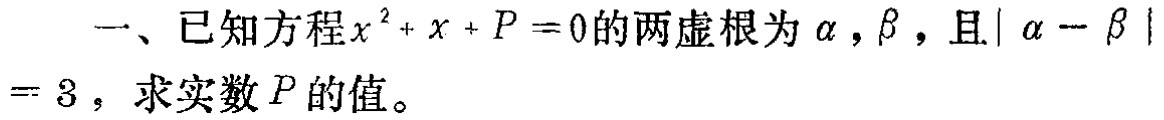
一、已知方程\(x^{2}+x+P = 0\)的两虚根为\(\alpha,\beta\)，且\(\vert\alpha - \beta\vert = 3\)，求实数\(P\)的值。